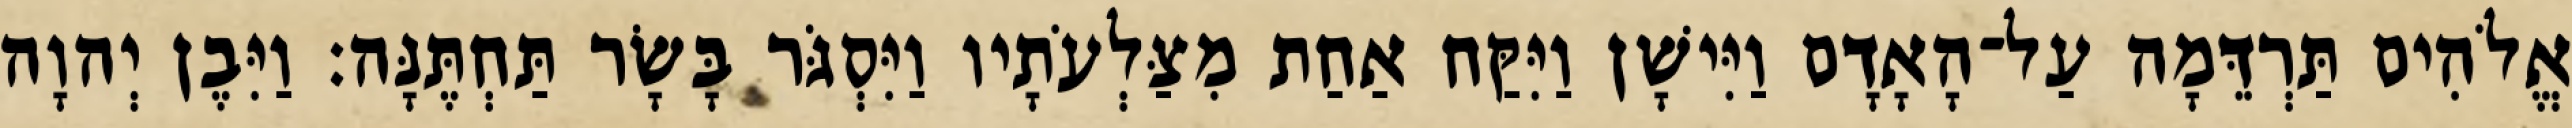
אֱלֹהִים תַּרְדֵּמָה עַל־הָאָדָם וַיִּישָׁן וַיִּקַּח אַחַת מִצַּלְעֹתָיו וַיִּסְגֹּר בָּשָׂר תַּחְתֶּנָּה׃ וַיִּבֶן יְהוָה